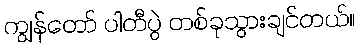
ကျွန်တော် ပါတီပွဲ တစ်ခုသွားချင်တယ်။